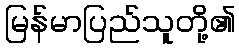
မြန်မာပြည်သူတို့၏